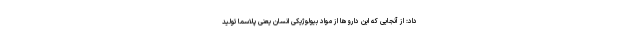
داد: از آنجایی که این داروها از مواد بیولوژیکی انسان یعنی پلاسما تولید